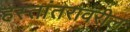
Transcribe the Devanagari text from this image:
हस्तांतरावरील